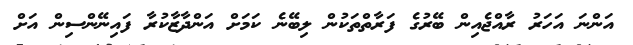
އަންނަ އަހަރު ރާއްޖެއިން ބޭރުގެ ފަރާތްތަކުން ލިބޭނެ ކަމަށް އަންދާޒާކުރާ ފައިނޭންސިން އަށް